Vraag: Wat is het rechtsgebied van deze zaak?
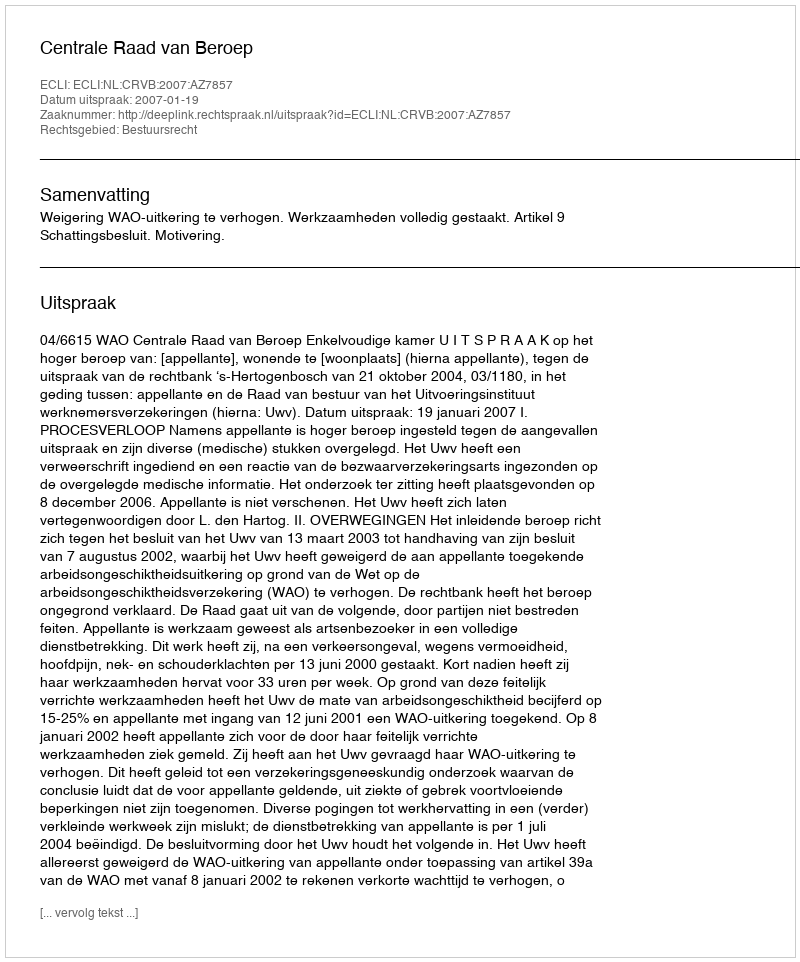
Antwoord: Bestuursrecht